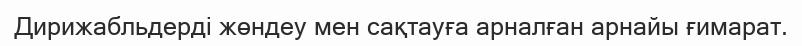
Дирижабльдерді жөндеу мен сақтауға арналған арнайы ғимарат.